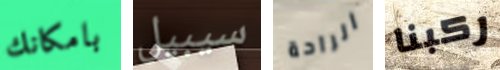
بامكانك سيبيل الراحة ركبنا